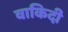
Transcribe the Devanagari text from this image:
वाकिदी